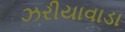
ઝરીયાવાડા